65_HS1-834228961_62-HQ-83894_Section_8
Agency: FBI
Page 91
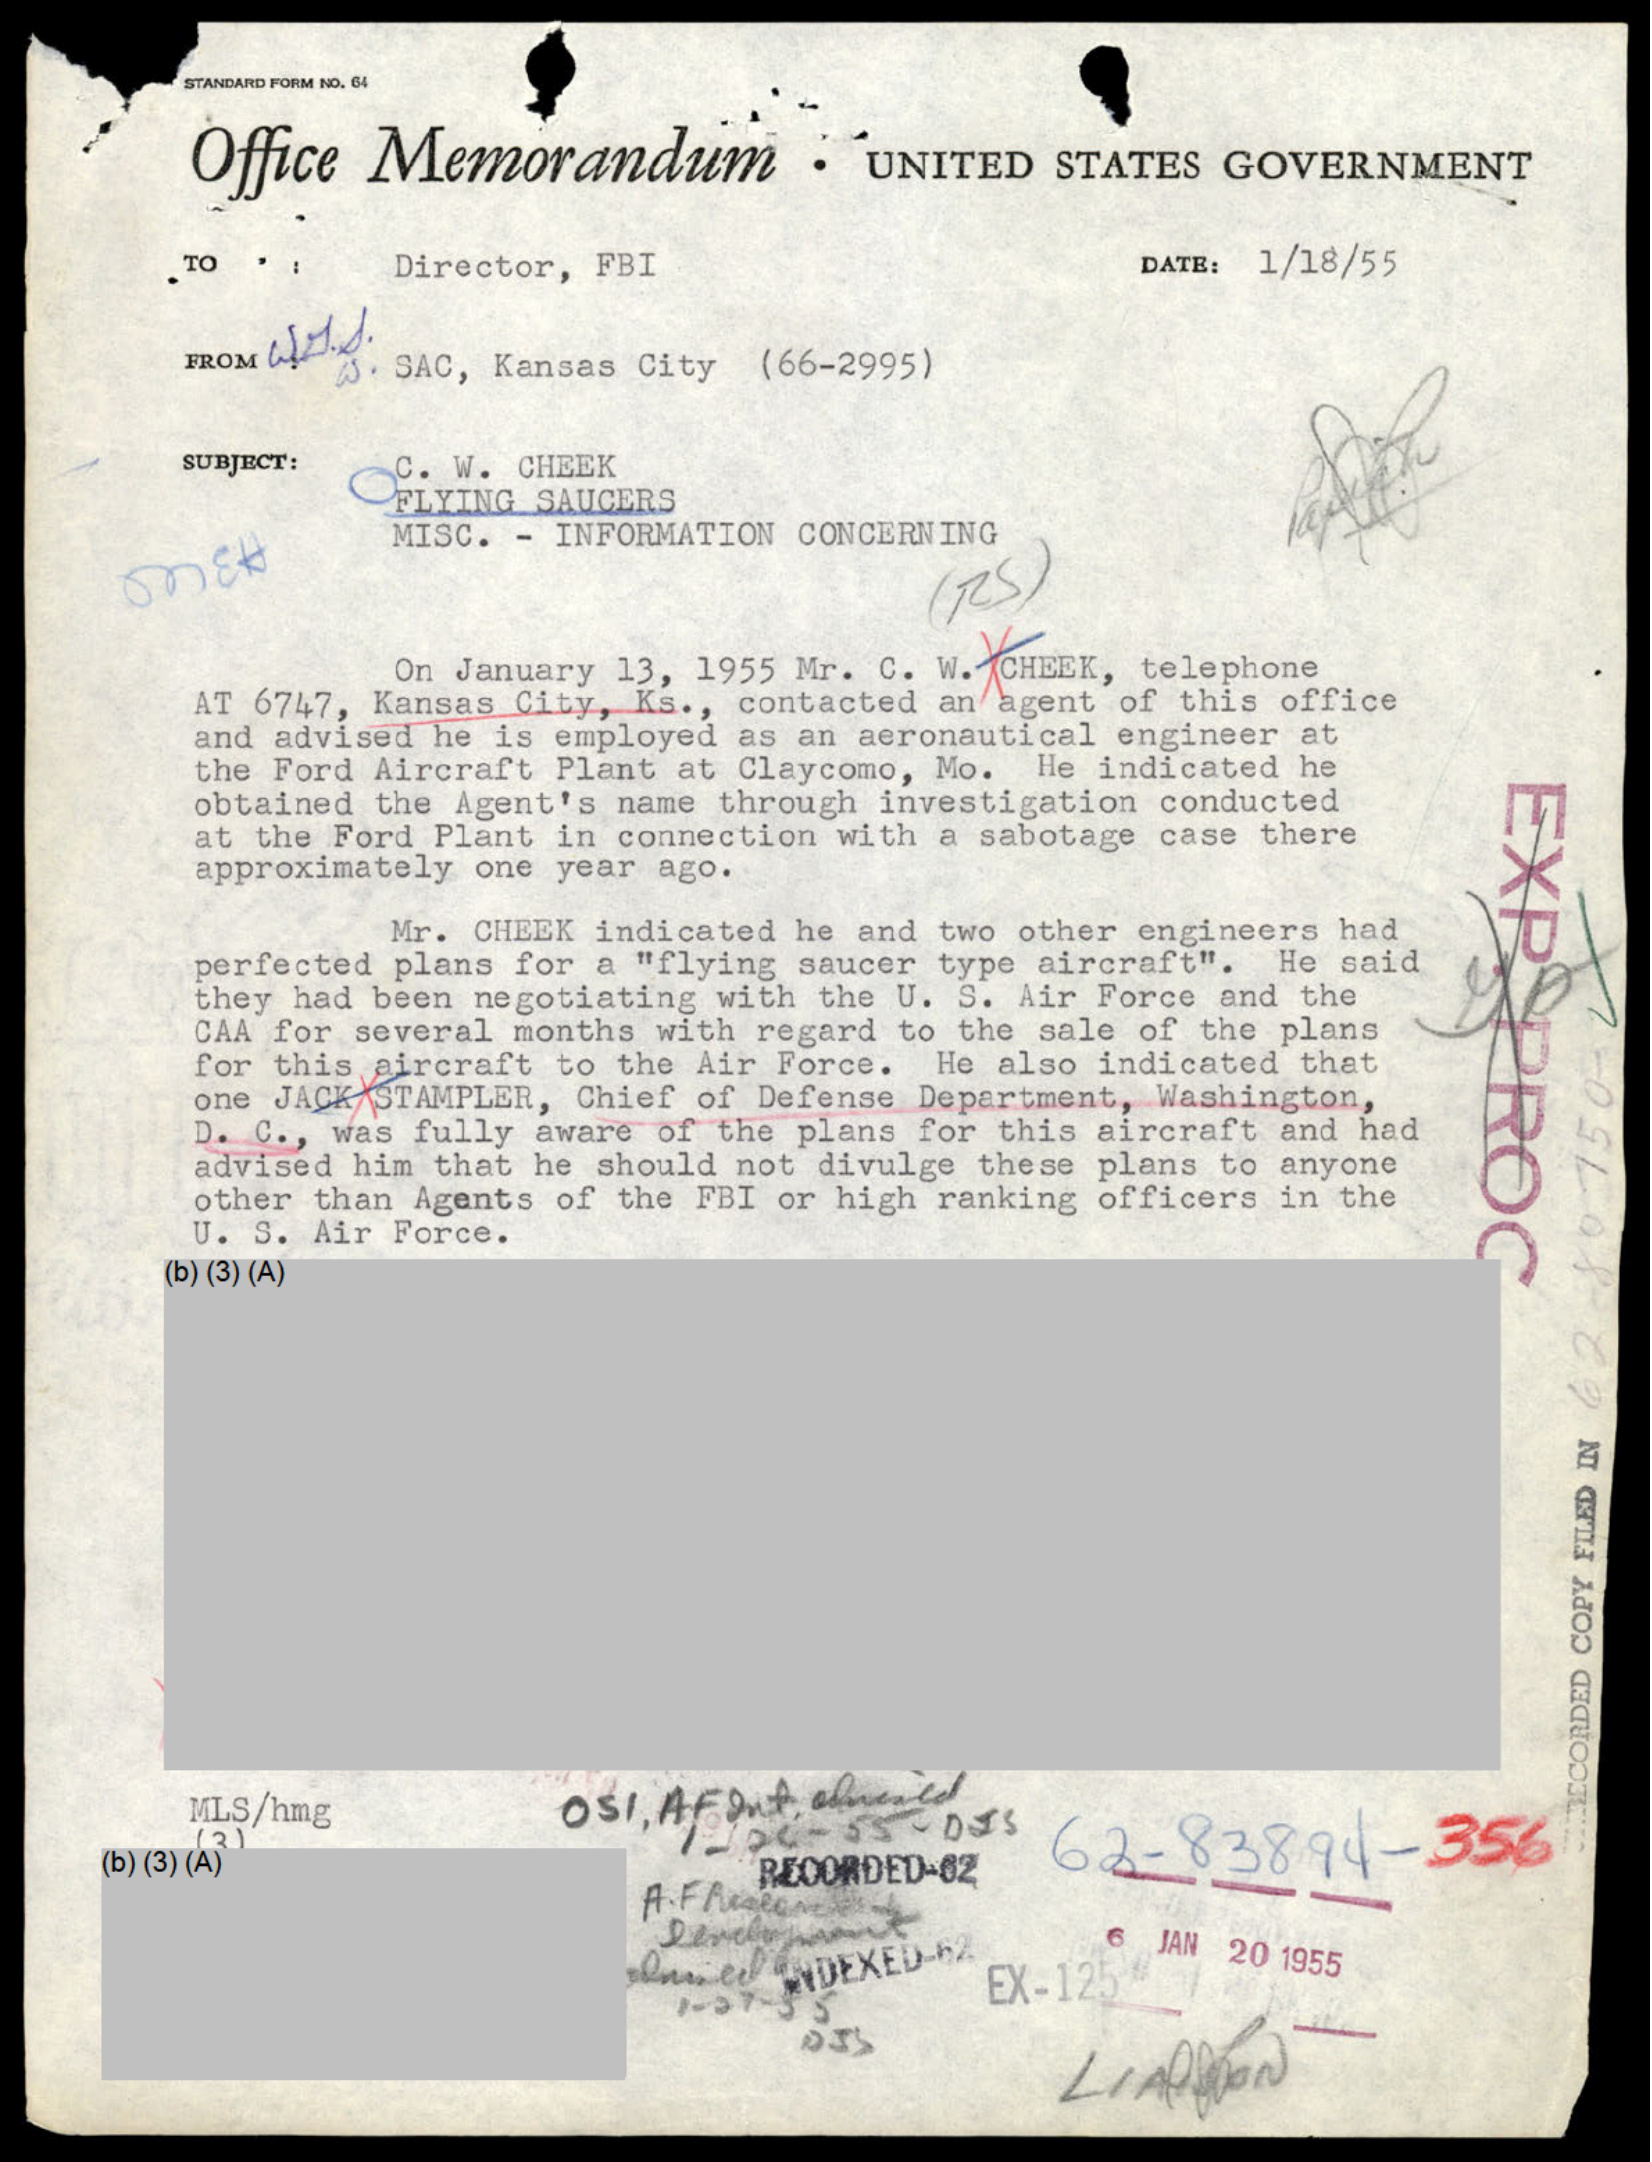